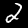
Label: 2